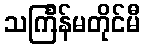
သင်္ကြန်မတိုင်မီ